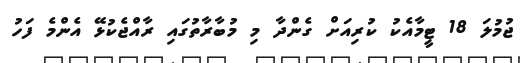
ޖުމުލަ 18 ޓީމާއެކު ކުރިއަށް ގެންދާ މި މުބާރާތުގައި ރާއްޖެކުޅޭ އެންމެ ފަހު